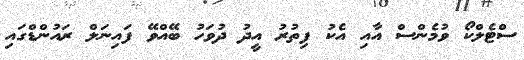
ސްޓެލްކޯ ވުމެންސް އާއި އެކު ފިތުރު އީދު ދުވަހު ބޭއްވޭ ފައިނަލް ރައުންޑްގައި